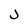
Character: j